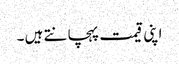
اپنی قیمت پہچانتے ہیں ۔